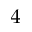
^ { 4 }